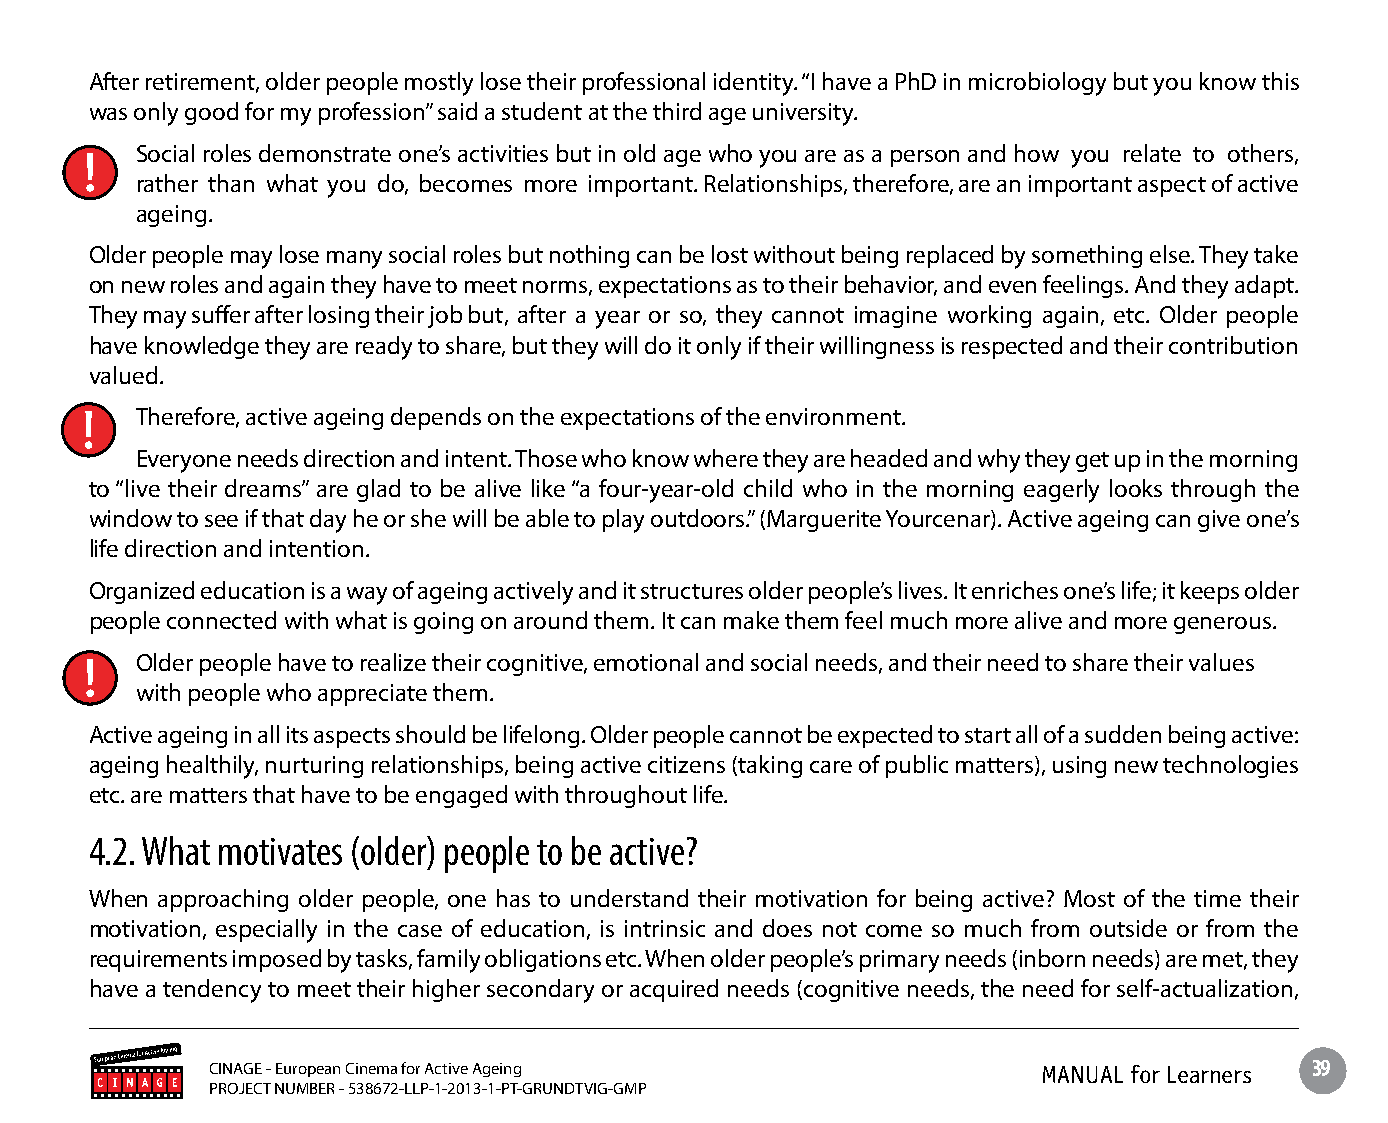
After retirement, older people mostly lose their professional identity. “I have a PhD in microbiology but you know this
 was only good for my profession” said a student at the third age university.
 Social roles demonstrate one’s activities but in old age who you are as a person and how you relate to others,
 rather than what you do, becomes more important. Relationships, therefore, are an important aspect of active
 ageing.
 Older people may lose many social roles but nothing can be lost without being replaced by something else. They take
 on new roles and again they have to meet norms, expectations as to their behavior, and even feelings. And they adapt.
 They may suffer after losing their job but, after a year or so, they cannot imagine working again, etc. Older people
 have knowledge they are ready to share, but they will do it only if their willingness is respected and their contribution
 valued.
 Therefore, active ageing depends on the expectations of the environment.
 Everyone needs direction and intent. Those who know where they are headed and why they get up in the morning
 to “live their dreams” are glad to be alive like “a four-year-old child who in the morning eagerly looks through the
 window to see if that day he or she will be able to play outdoors.” (Marguerite Yourcenar). Active ageing can give one’s
 life direction and intention.
 Organized education is a way of ageing actively and it structures older people’s lives. It enriches one’s life; it keeps older
 people connected with what is going on around them. It can make them feel much more alive and more generous.
 Older people have to realize their cognitive, emotional and social needs, and their need to share their values
 with people who appreciate them.
 Active ageing in all its aspects should be lifelong. Older people cannot be expected to start all of a sudden being active:
 ageing healthily, nurturing relationships, being active citizens (taking care of public matters), using new technologies
 etc. are matters that have to be engaged with throughout life.
 4.2. What motivates (older) people to be active?
 When approaching older people, one has to understand their motivation for being active? Most of the time their
 motivation, especially in the case of education, is intrinsic and does not come so much from outside or from the
 requirements imposed by tasks, family obligations etc. When older people’s primary needs (inborn needs) are met, they
 have a tendency to meet their higher secondary or acquired needs (cognitive needs, the need for self-actualization,
 CINAGE - European Cinema for Active Ageing             MANUAL for Learners 39
 PROJECT NUMBER - 538672-LLP-1-2013-1-PT-GRUNDTVIG-GMP